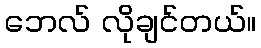
ဘေလ် လိုချင်တယ်။